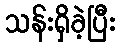
သန်းရှိခဲ့ပြီး